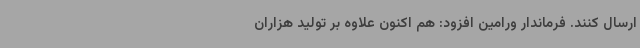
ارسال کنند. فرماندار ورامین افزود: هم اکنون علاوه بر تولید هزاران